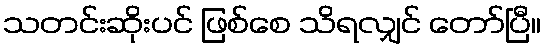
သတင်းဆိုးပင် ဖြစ်စေ သိရလျှင် တော်ပြီ။